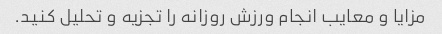
مزایا و معایب انجام ورزش روزانه را تجزیه و تحلیل کنید.